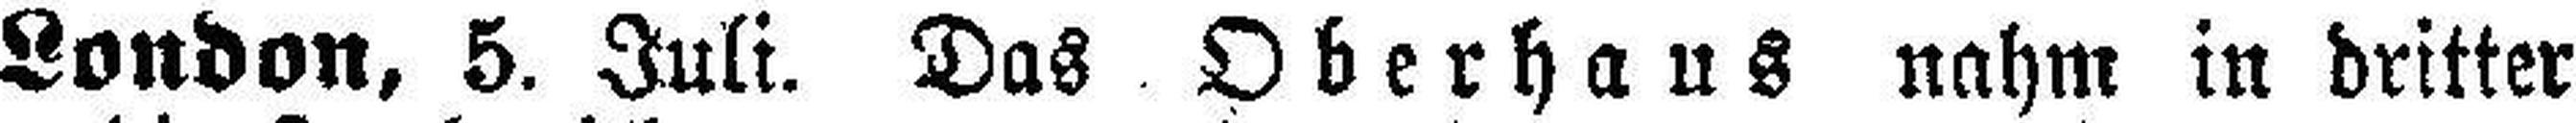
London, 5. Juli. Das Oberhaus nahm in dritter